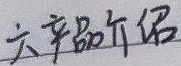
六产品介绍